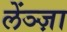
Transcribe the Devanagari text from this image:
लेंञ्ज़ा